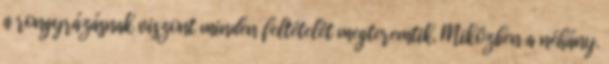
a rongyrázásnak viszont minden feltételét megteremtik. Miközben a néhány.